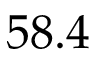
5 8 . 4